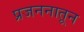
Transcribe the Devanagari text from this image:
प्रजननातून